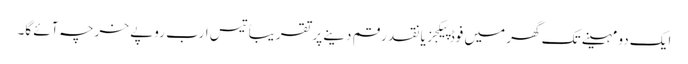
ایک دو مہینے تک گھر میں فوڈ پیکجز یا نقد رقم دینے پر تقریباً تیس ارب روپے خرچہ آئے گا۔